Report of the Indian Hemp Drugs Commission, 1894-1895 - Volume V
Year: 1894
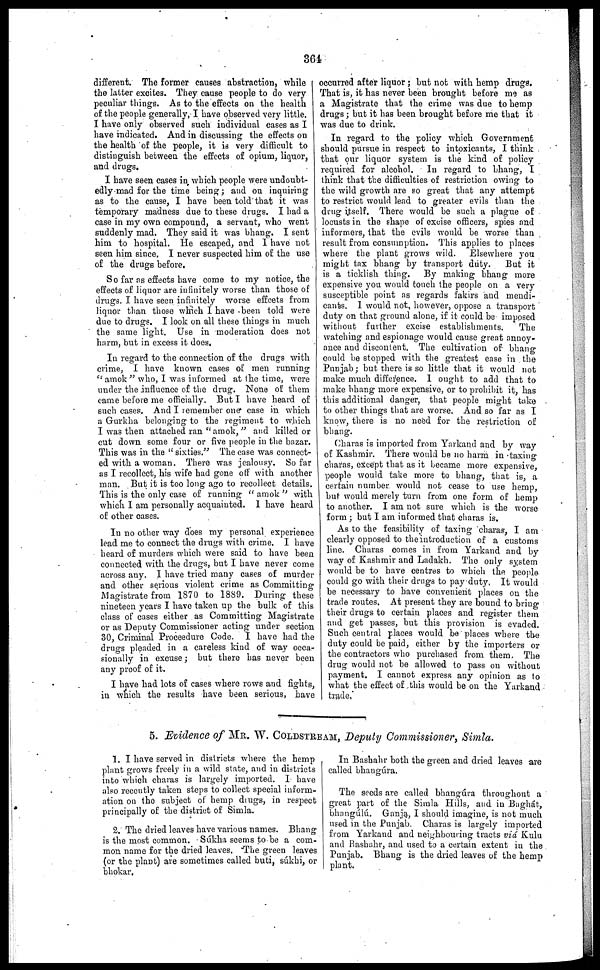
364
different. The former causes abstraction, while
the latter excites. They cause people to do very
peculiar things. As to the effects on the health
of the people generally, I have observed very little.
I have only observed such individual cases as I
have indicated. And in discussing the effects on I
the health of the people, it is very difficult to
distinguish between the effects of opium, liquor,
and drugs.
I have seen cases in which people were undoubt-
edly mad for the time being ; and on inquiring
as to the cause, I have been told that it was
temporary madness due to these drugs. I had a
case in my own compound, a servant, who went
suddenly mad. They said it was bhang. I sent
him to hospital. He escaped, and 1 have not
seen him since. I never suspected him of the use
of the drugs before.
So far as effects have come to my notice, the
effects of liquor are infinitely worse than those of
drugs. I have seen infinitely worse effcets from
liquor than those which I have been told were
due to drugs. I look on all these things in much
the same light. Use in moderation does not
harm, but in excess it does,
In regard to the connection of the drugs with
crime, I have known cases of men running
"amok" who, I was informed at the time, were
under the influence of the drug. None of them
came before me officially. But I have heard of
such cases. And I remember one case in which
a Gurkha belonging to the regiment to which
I was then attached ran "amok," and killed or
cut down some four or five people in the bazar.
This was in the "sixties." The case was connect-
ed with a woman. There was jealousy. So far
as I recollect, his wife had gone o(F with another
man. But it is too long ago to recollect details.
This is the only case of running "amok3" with
which I am personally acquainted. 1 have heard
of other cases.
In no other way does my personal experience
lead me to connect the drugs with crime. I have
heard of murders which were said to have been
connected with the drugs, but I have never come
across any. I have tried many cases of murder
and other serious violent crime as Committing
Magistrate from 1S70 to 18S9. During these
nineteen years I have taken up the bulk of this
class of* cases either as Committing Magistrate
or as Deputy Commissioner acting under section
30, Criminal Proceedure Code. I have had the
drugs pleaded in a careless kind of way occa-
sionally in excuse ; but there has never been
any proof of it.
I have had lots of cases where rows and fights,
in which the results have been serious, have
occurred after liquor ; but not with hemp drugs.
That is, it has never been brought before me as
a Magistrate that the crime was due to hemp
drugs ; but it has been brought before me that it
was due to drink.
In regard to the policy which Government
should pursue in respect to intoxicants, I think
that our liquor system is the kind of policy
required for alcohol. In regard to bhang, I
think that the difficulties of restriction owing to
the wild growth are so great that any attempt
to restrict would lead to greater evils than the
drug itself. There would be such a plague of
locusts in the shape of excise officers, spies and
informers, that the evils would be worse than
result from consumption. This applies to places
where the plant grows wild. Elsewhere you
might tax bhang by transport duty.
But it
is a ticklish thing. By making bhang more
expensive you would touch the people on a very
susceptible point as regards fakirs and mendi-
cants. 1 would not, however, oppose a transport
duty on that ground alone, if it could be imposed
without further excise establishments.
The
watching and espionage would cause great annoy-
ance and discontent. The cultivation of bhang
could bo stopped with the greatest ease in the
Punjab; but there is so little that it would not
make much difference. 1 ought to add that to
make bhang more expensive, or to prohibit it, has
this additional danger, that people might take
to other things that are worse. And so far as I
know, there is no need for the restriction of
bhang.
Charas is imported from Yarkand and by way
of Kashmir. There would be no harm in taxing
charas, except that as it became more expensive,
people
would take more to bhang, that is, a
certain number would not cease to use hemp,
but would merely turn from one form of hemp
to another. I am not sure which is the worse
form ; but I am informed that charas is.
As to the feasibility of taxing charas, I am
clearly opposed to the introduction of a customs
lino. Charas comes in from Yarkand and by
way of Kashmir and Ladakh. The only system
would be to have centres to which the people
could go with their drugs to pay duty, It would
be necessary to have convenient places on the
trade routes. At present they are bound to bring
their drugs to certain places and register them
and get passes, but this provision is evaded.
Such central places would be places where the
duty could be paid, either by the importers or
the contractors who purchased from them. The
drug would not bo allowed to pass on without
payment. I cannot express any opinion as to
what the effect of this would be on the Yarkand
trade.
5. Evidence of MR. W. COLDSTREAM , Deputy Commissioner, Simla.
1. I have served in districts where the hemp
plant grows freely in a wild state, and in districts
into which charas is largely imported. I have
also recently taken steps to collect special inform-
ation on the subject of hemp drugs, in respect
principally of the district of Simla.
2. The dried leaves have various names. Bhang
is the most common. Súkha seems to be a com-
mon name for the dried leaves. The green leaves
(or the plant) are sometimes called buti súkhi, or
bhokar.
In Bashahr both the green and dried leaves are
called bhangúra.
The seeds are called bhangúra throughout a
great part of the Simla Hills, and in Baghát,
bhangúlú. Ganja, I should imagine, is not much
used in the Punjab. Charas is largely imported
from Yarkand and neighbouring tracts via Kulu
and Bashahr, and used to a certain extent in the
Punjab. Bhang is the dried leaves of the hemp
plant.